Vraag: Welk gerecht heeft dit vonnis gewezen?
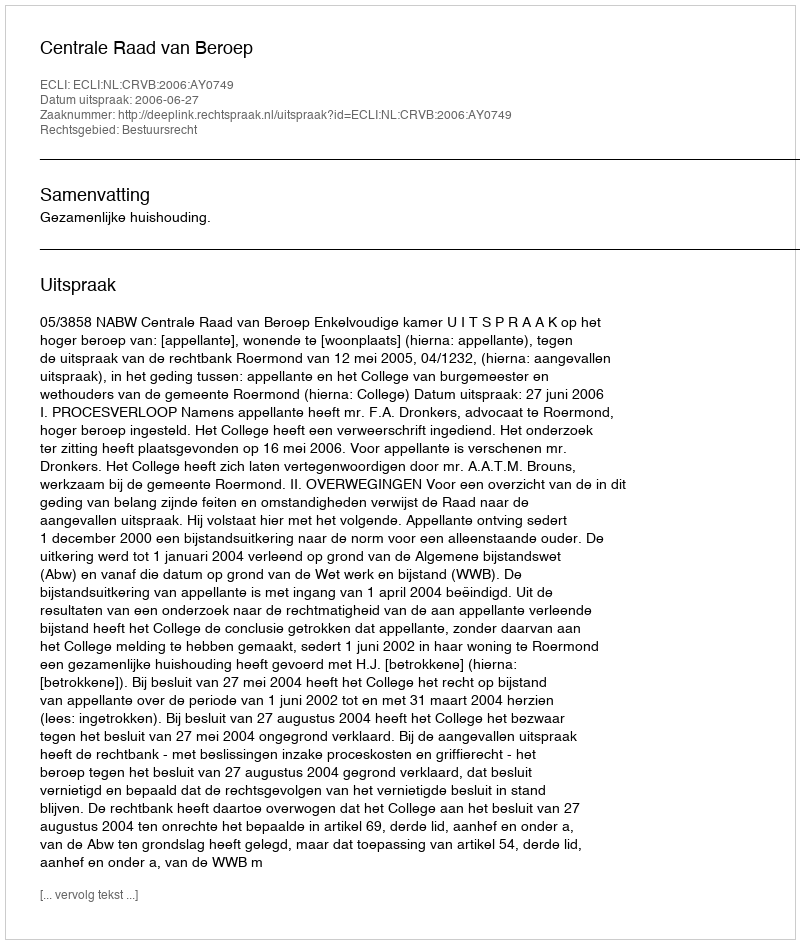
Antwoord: Centrale Raad van Beroep